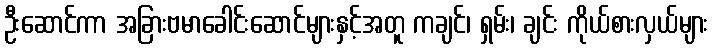
ဦးဆောင်ကာ အခြားဗမာခေါင်းဆောင်များနှင့်အတူ ကချင်၊ ရှမ်း၊ ချင်း ကိုယ်စားလှယ်များ